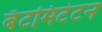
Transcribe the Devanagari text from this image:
बॅटमिटंटन